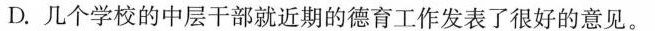
D.几个学校的中层干部就近期的德育工作发表了很好的意见。